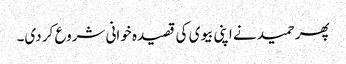
پھر حمید نے اپنی بیوی کی قصیدہ خوانی شروع کر دی۔